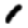
Digit: 1